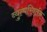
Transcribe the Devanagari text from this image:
व्युत्परिवर्तन